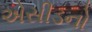
એસીડનો